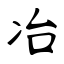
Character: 冶